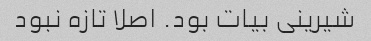
شیرینی بیات بود. اصلا تازه نبود